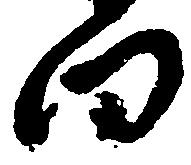
向